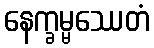
နေက္ခမ္မဿေတံ